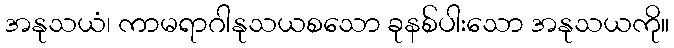
အနုသယံ၊ ကာမရာဂါနုသယစသော ခုနစ်ပါးသော အနုသယကို။